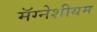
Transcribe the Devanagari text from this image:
मॅग्नेशीयम